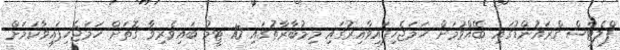
ފްލެޓްސް ގްރައުންޑުގައި ބޭއްވުމަށް ހަމަޖެހިފައިވާއިރުގައި މިމުބާރާތުގައި 10 ޓީމު ބައިވެރިވާ ގޮތަށް ހަމަޖެހިފައިވާކަމަށް